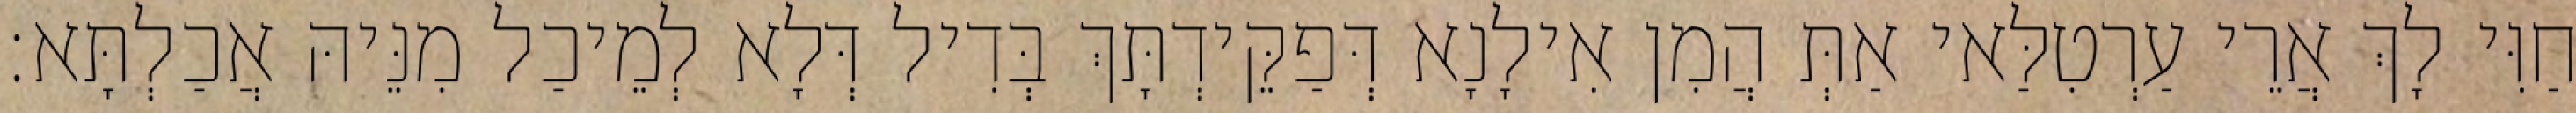
חַוִּי לָךְ אֲרֵי עַרְטִלַּאי אַתְּ הֲמִן אִילָנָא דְּפַקֵּידְתָּךְ בְּדִיל דְּלָא לְמֵיכַל מִנֵּיהּ אֲכַלְתָּא׃